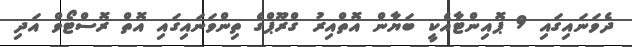
ދެވަނައިގައި 9 ޕޮއިންޓާއެކީ ބަޔާން އޮތްއިރު ގްރޫޕްގެ ތިންވަނައިގައި އޮތް ރޮސްޓޯވް އަދި